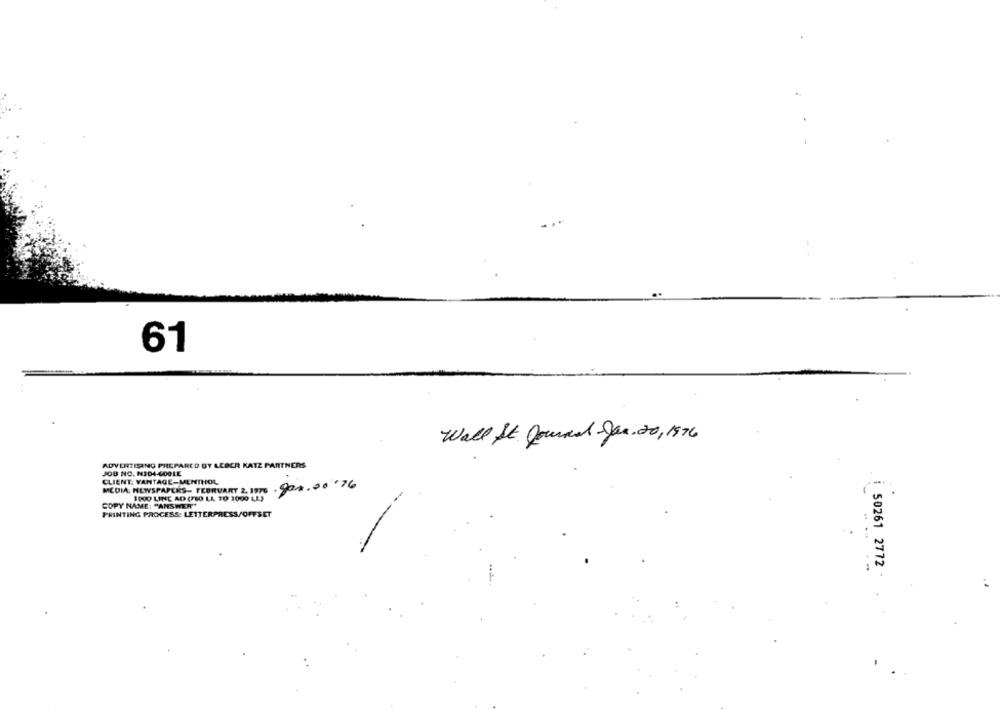
61
Wall St Journal Jan.20, 1976
ADVERTISING PREPARED BY LEBER KATZ PARTNERS
JOB NO. NIDI-GOOLE
CLIENT: VANTAGE-MENTHOL
MEDIA: NEWSPAPERS- FEBRUARY 2. 1976 . 800.
.900.00 .76
1000 LINE AD (TEO LA TO 3000 LL)
COPY NAME: "ANSWER"
PRINTING PROCESS: LETTERPRESS/OFFSET
...
-
50261 2772 .